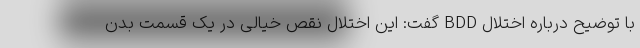
با توضیح درباره اختلال BDD گفت: این اختلال نقص خیالی در یک قسمت بدن